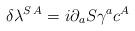
LaTeX: \begin{align*}\delta \lambda^{S\, A}=i\partial_a S \gamma^a c^A \end{align*}